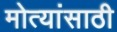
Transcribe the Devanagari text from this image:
मोत्यांसाठी